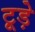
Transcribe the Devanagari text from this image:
टूड़े